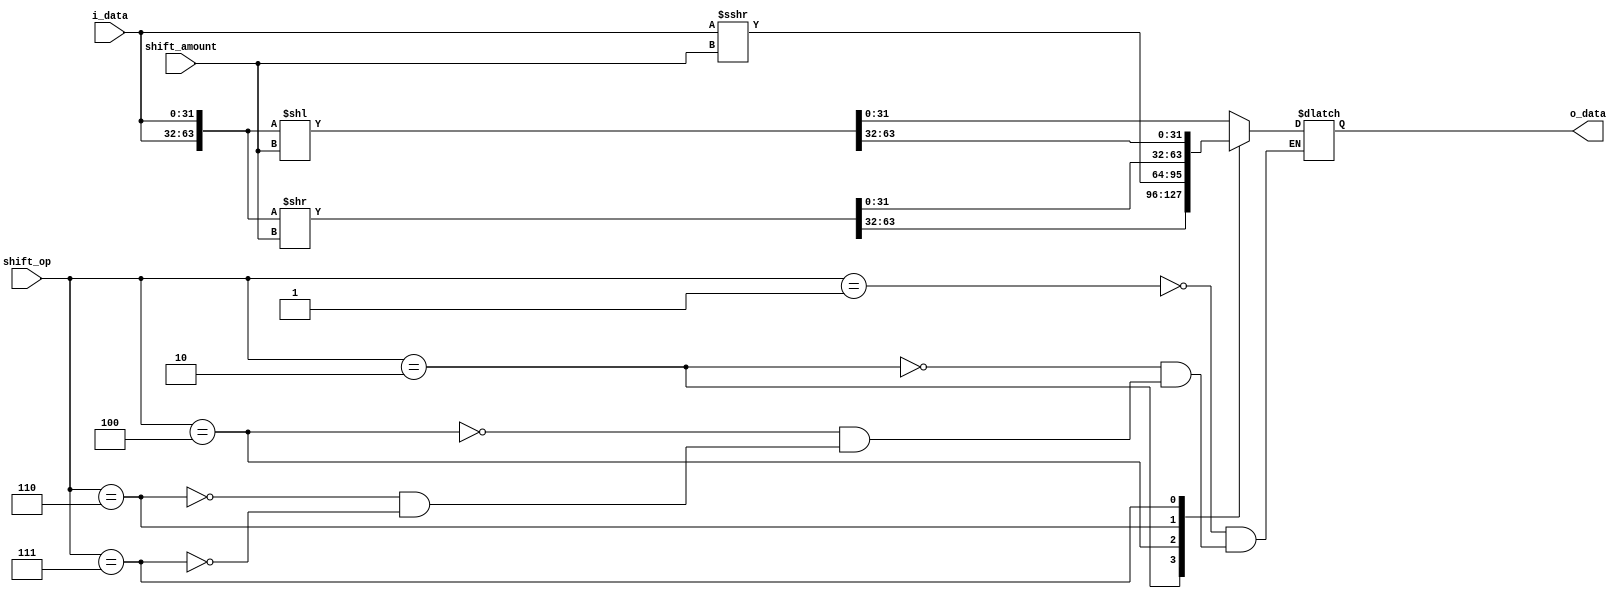
module barrel_shifter(
	i_data, 
	shift_amount, 
	shift_op, 
	o_data
);

localparam	SLL	= 3'b001;	// Shift Left Logical
localparam	SRL	= 3'b010;	// Shift Right Logical
localparam	SRA	= 3'b100;	// Shift Right Arithmetic
localparam	ROR	= 3'b110;	// Rotate Right (Right circular shift)
localparam	ROL	= 3'b111;	// Rotate Left (Left circular shift)
						
input	[31:0]  i_data;		// Input Data
input	[2:0]   shift_op;	// Shift operation mode
input	[4:0]   shift_amount;	// Shift amount constant
output	[31:0]	o_data;		// Shifted Input Data
	
wire	[63:0]	rshift = {i_data, i_data} >> shift_amount;
wire	[63:0]	lshift = {i_data, i_data} << shift_amount;
reg		[31:0]	shift_result;

always @* begin	
	casez (shift_op)
		SLL:	shift_result = lshift[31:0];	
		SRL:	shift_result = rshift[63:32];			
		SRA:   	shift_result = $signed(i_data) >>> shift_amount;		
		ROR:	shift_result = rshift[31:0];	
		ROL:	shift_result = lshift[63:32];
	endcase
end

assign o_data = shift_result;

endmodule